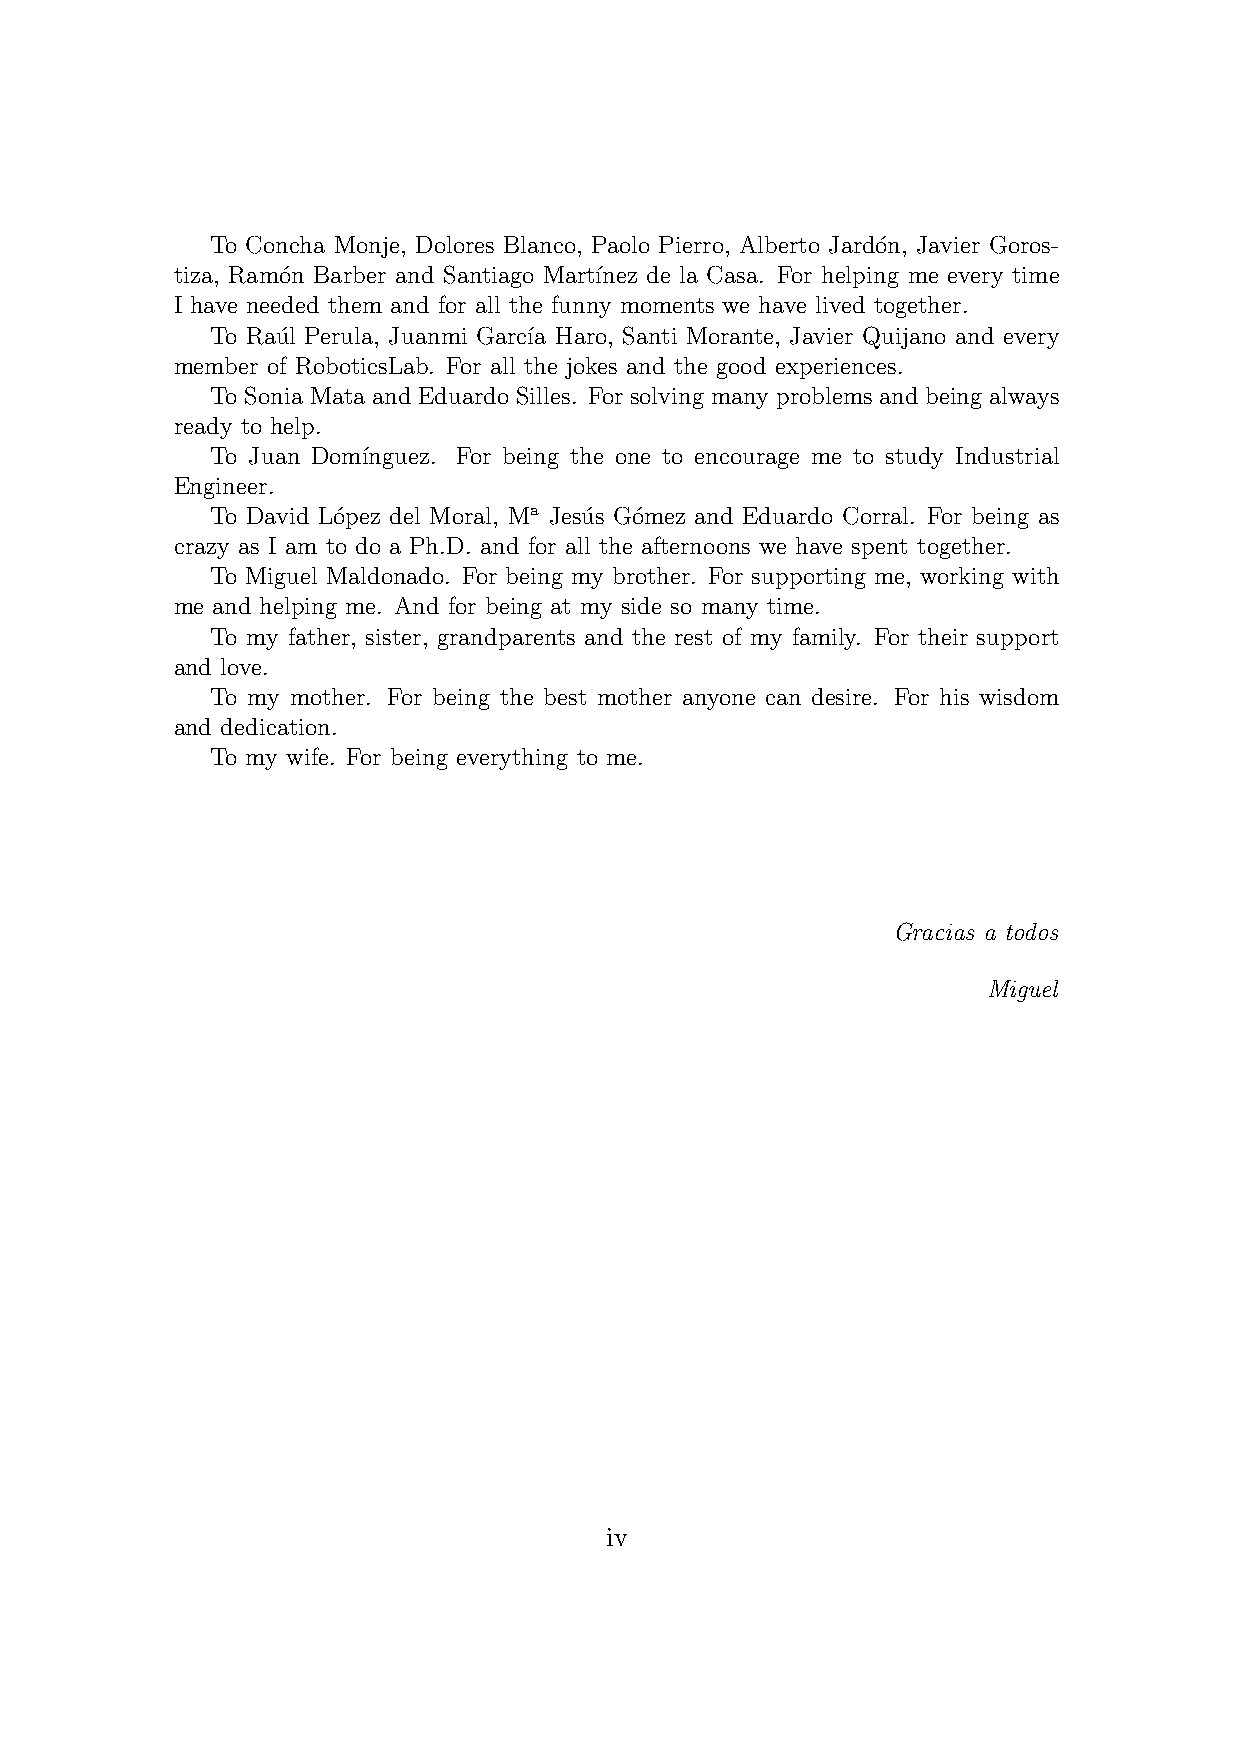
To Concha Monje, Dolores Blanco, Paolo Pierro, Alberto Jardo´n, Javier Goros-
 tiza, Ram´on Barber and Santiago Mart´ınez de la Casa. For helping me every time
 I have needed them and for all the funny moments we have lived together.
 To Rau´l Perula, Juanmi Garc´ıa Haro, Santi Morante, Javier Quijano and every
 member of RoboticsLab. For all the jokes and the good experiences.
 To Sonia Mata and Eduardo Silles. For solving many problems and being always
 ready to help.
 To Juan Dom´ınguez. For being the one to encourage me to study Industrial
 Engineer.
 To David L´opez del Moral, Ma Jesu´s Go´mez and Eduardo Corral. For being as
 crazy as I am to do a Ph.D. and for all the afternoons we have spent together.
 To Miguel Maldonado. For being my brother. For supporting me, working with
 me and helping me. And for being at my side so many time.
 To my father, sister, grandparents and the rest of my family. For their support
 and love.
 To my mother. For being the best mother anyone can desire. For his wisdom
 and dedication.
 To my wife. For being everything to me.
 Gracias a todos
 Miguel
 iv